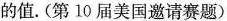
的值。(第10届美国邀请赛题)